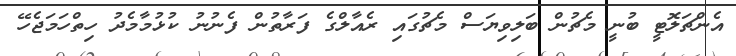
އެންޗަލޮޓީ ބުނީ މެޗުން ބަލިވިޔަސް މެޗުގައި ރެއާލްގެ ފަރާތުން ފެނުނު ކުޅުމާމެދު ހިތްހަމަޖެހޭ